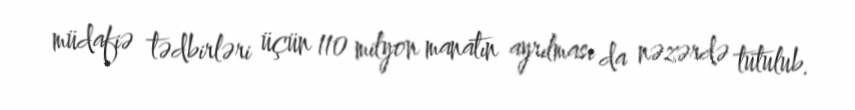
müdafiə tədbirləri üçün 110 milyon manatın ayrılması da nəzərdə tutulub.